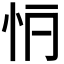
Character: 𢗶